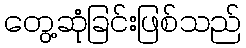
တွေ့ဆုံခြင်းဖြစ်သည်